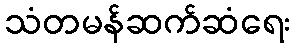
သံတမန်ဆက်ဆံရေး